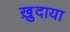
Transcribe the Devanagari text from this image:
ख़ु़दाया